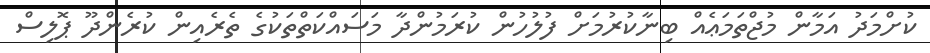
ކުށްމަދު އަމާން މުޖްތަމަޢެއް ބިނާކުރުމަށް ފުލުހުން ކުރަމުންދާ މަސައްކަތްތަކުގެ ތެރެއިން ކުރެންދޫ ޕޮލިސް